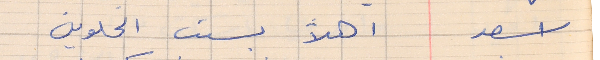
اسعد        اهلاً بست الحلوين